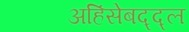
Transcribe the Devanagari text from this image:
अहिंसेबद्द्ल